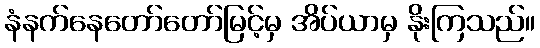
နံနက်နေတော်တော်မြင့်မှ အိပ်ယာမှ နိုးကြသည်။